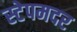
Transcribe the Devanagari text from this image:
स्टेपमदर